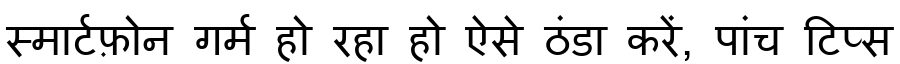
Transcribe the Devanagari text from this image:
स्मार्टफ़ोन गर्म हो रहा हो ऐसे ठंडा करें, पांच टिप्स